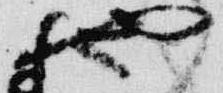
也